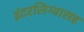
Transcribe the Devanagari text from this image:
इंटरलिंग्वासह